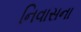
નિવાસના